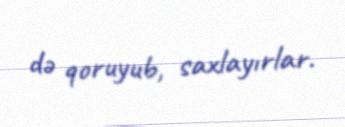
də qoruyub, saxlayırlar.